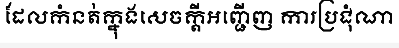
ដែលកំនត់ក្នុងសេចក្តីអញ្ជើញ ការប្រជុំណា